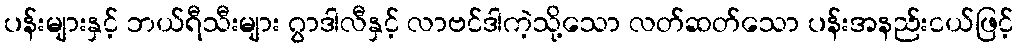
ပန်းများနှင့် ဘယ်ရီသီးများ ဂွာဒါလီနှင့် လာဗင်ဒါကဲ့သို့သော လတ်ဆတ်သော ပန်းအနည်းငယ်ဖြင့်